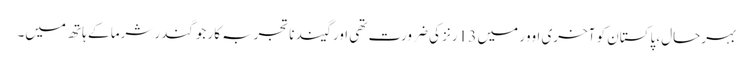
بہرحال، پاکستان کو آخری اوور میں 13 رنز کی ضرورت تھی اور گیند ناتجربہ کار جوگندر شرما کے ہاتھ میں۔